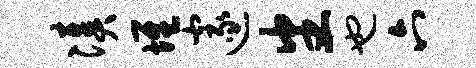
凑堆邃番也六